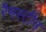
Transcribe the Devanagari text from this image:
रैमस्टीन